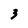
Character: 3